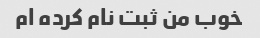
خوب من ثبت نام کرده ام